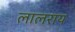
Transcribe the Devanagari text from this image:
लालराय